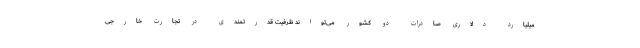
میلیارد دلاری صادرات دو کشور می‌تواند ظرفیت قدرتمندی در تجارت خارجی